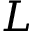
L